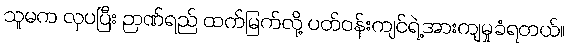
သူမက လှပပြီး ဉာဏ်ရည် ထက်မြက်လို့ ပတ်ဝန်းကျင်ရဲ့အားကျမှုခံရတယ်။